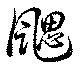
颸